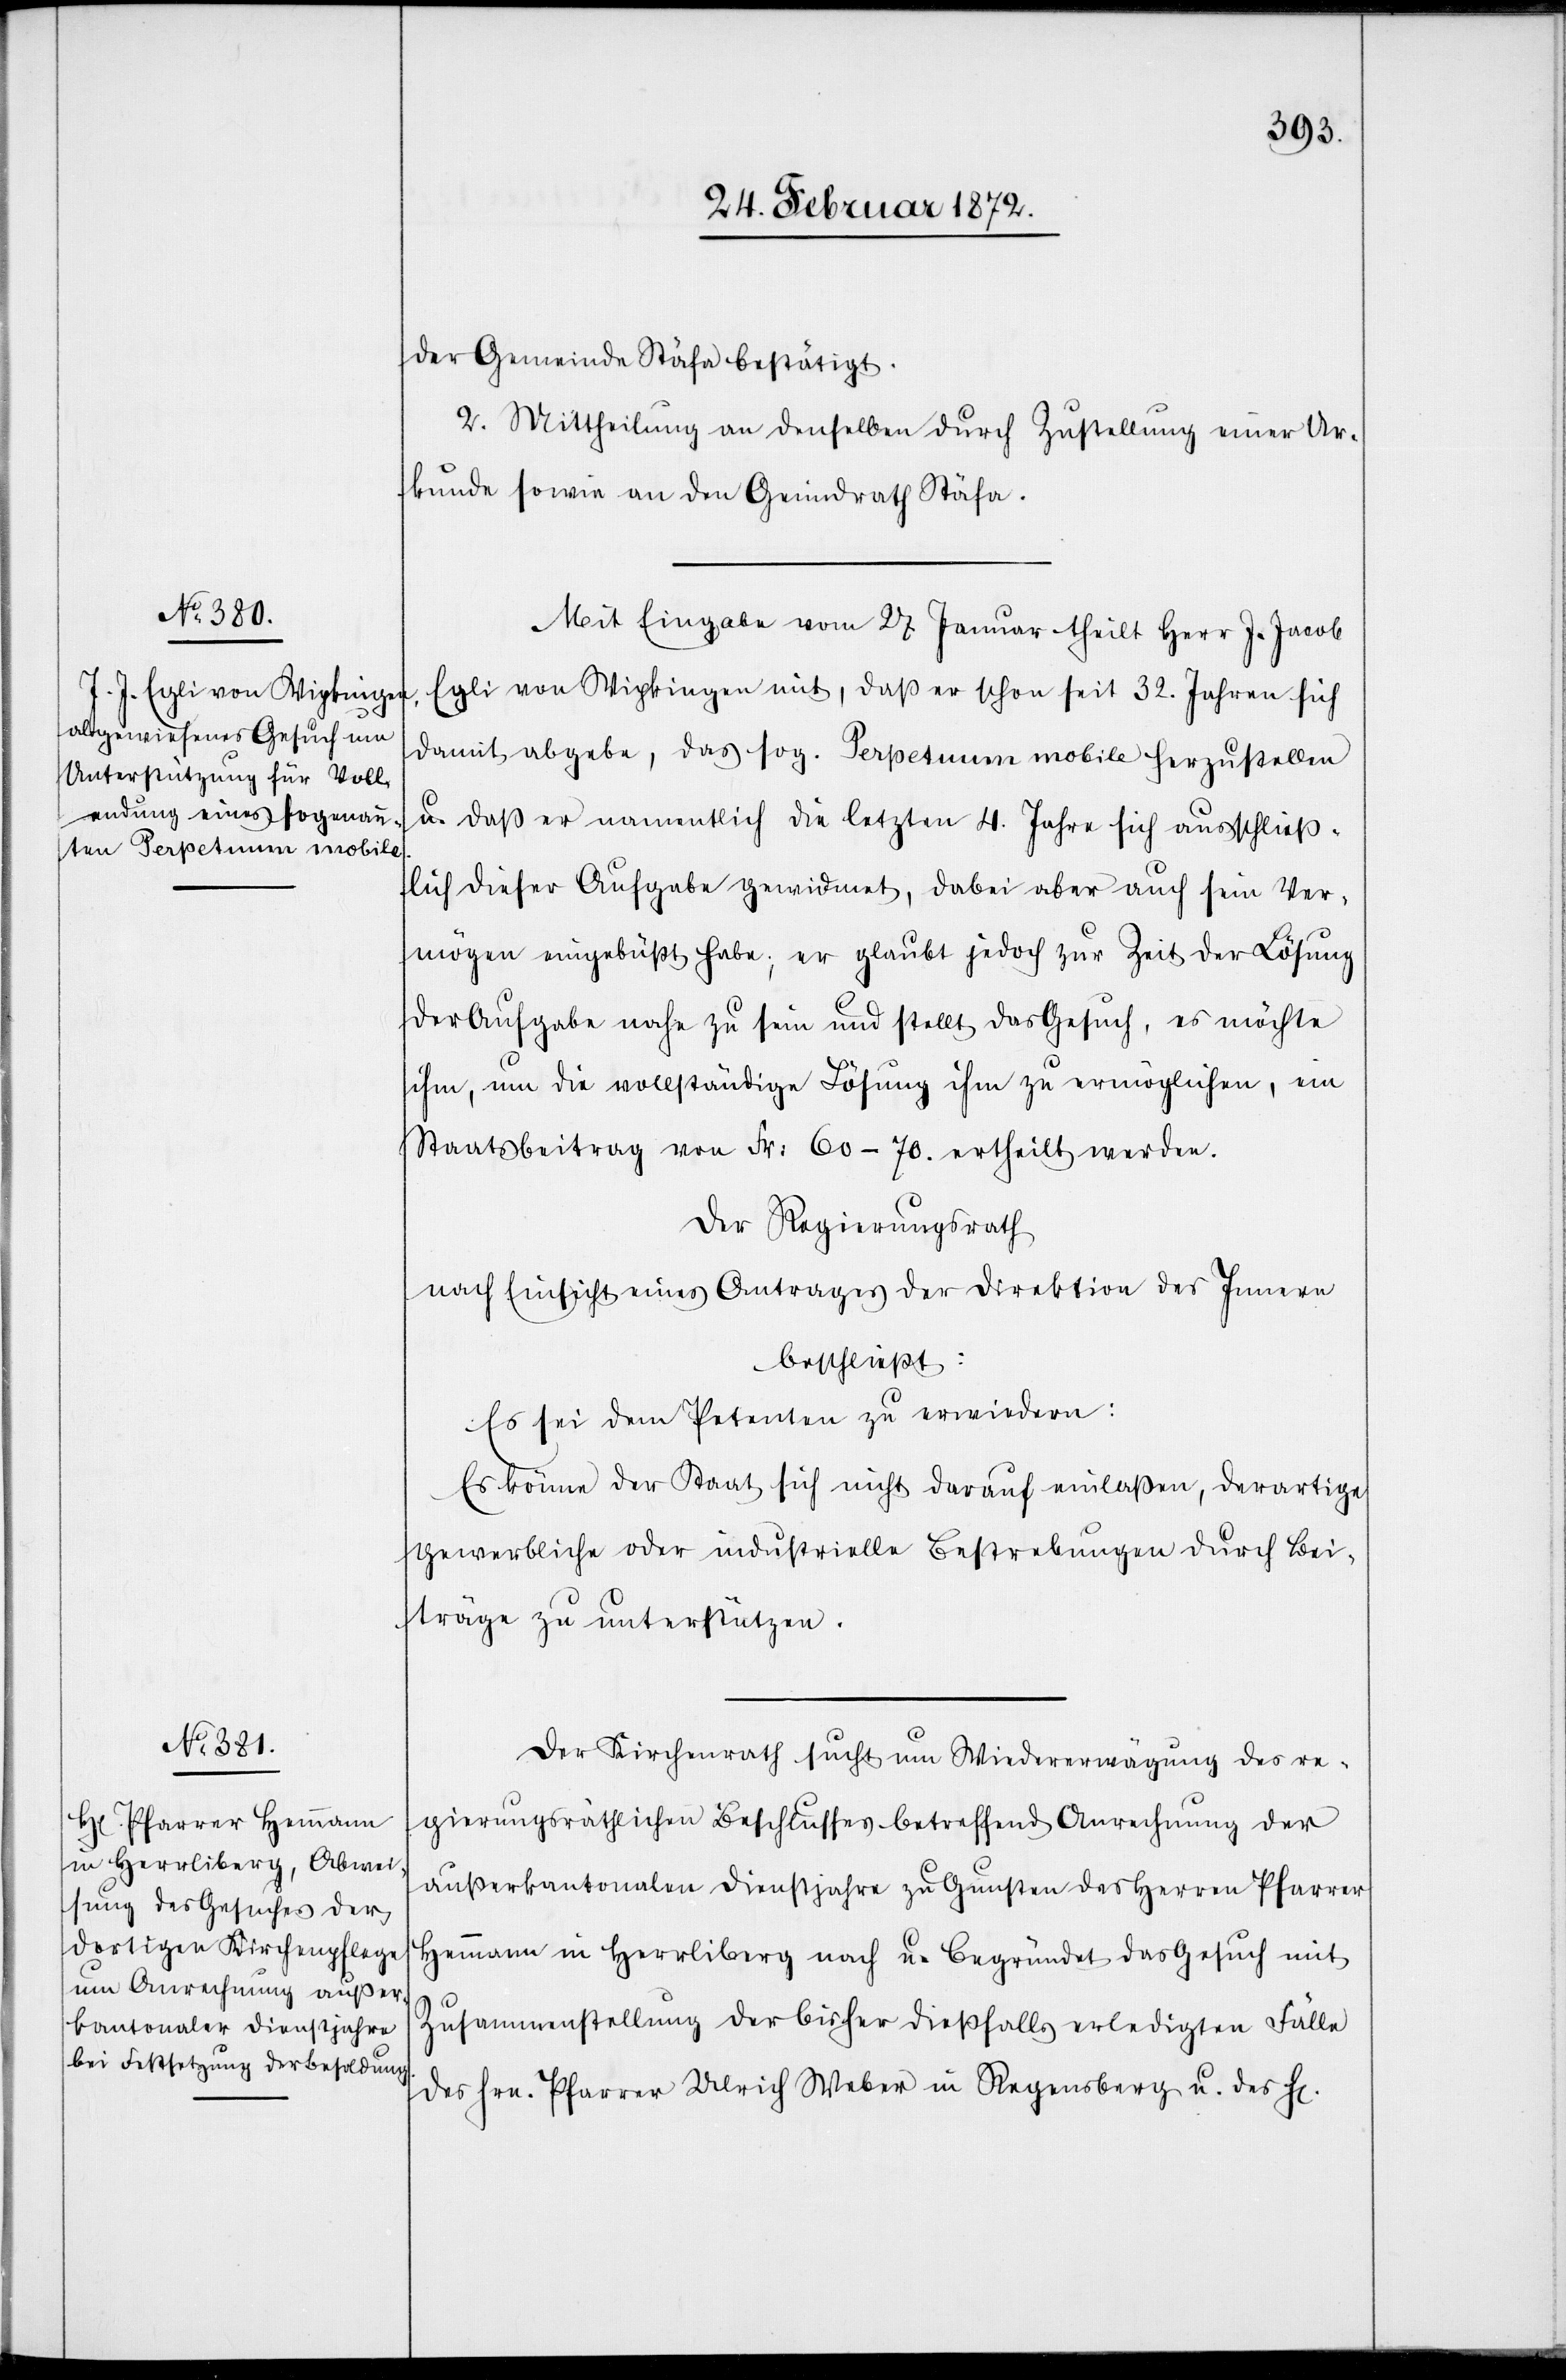
der Gemeinde Stäfa bestätigt.
2. Mittheilung an denselben durch Zustellung einer Ur¬
kunde sowie an den Gemeindrath Stäfa.
Mit Eingabe vom 27 Januar theilt J. Jacob
Egli von Wipkingen mit, daß er schon seit 32. Jahren sich
damit abgebe, das sog. Perpetuum mobile herzustellen
u. daß er namentlich die letzten 4. Jahre sich ausschließ¬
lich dieser Aufgabe gewidmet, dabei aber auch sein Ver¬
mögen eingebüßt habe; er glaubt jedoch zur Zeit der Lösung
der Aufgabe nahe zu sein und stellt das Gesuch, es möchte
ihm, um die vollständige Lösung ihm zu ermöglichen, ein
Staatsbeitrag von Fr. 60–70. ertheilt werden.
Der Regierungsrath
nach Einsicht eines Antrages der Direktion des Innern
beschließt:
Es sei dem Petenten zu erwiedern:
Es könne der Staat sich nicht darauf einlaßen, derartige
gewerbliche oder industrielle Bestrebungen durch Bei¬
träge zu unterstützen.
Der Kirchenrath sucht um Wiedererwägung des re¬
gierungsräthlichen Beschlusses betreffend Anrechnung der
außerkantonalen Dienstjahre zu Gunsten des Herren Pfarrer
Hemmann in Herrliberg nach u. begründet das Gesuch mit
Zusammenstellung der bisher dießfalls erledigten Fälle
des Hrn. Pfarrer Ulrich Weber in Regensberg u. des Hr.